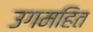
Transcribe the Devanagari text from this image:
उगमहित